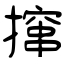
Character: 撺